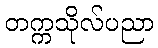
တက္ကသိုလ်ပညာ